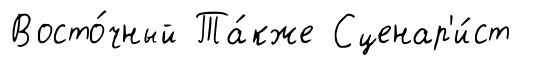
Восто́чный Та́кже Сценар'и́ст